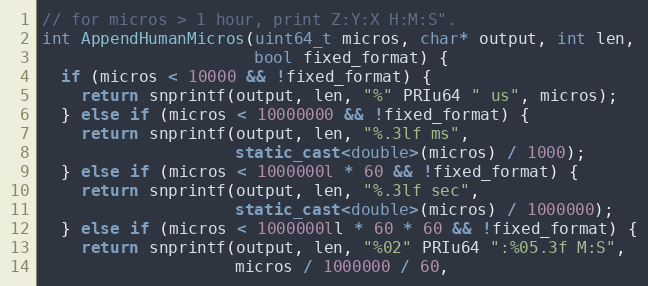
Language: C++
// for micros > 1 hour, print Z:Y:X H:M:S".
int AppendHumanMicros(uint64_t micros, char* output, int len,
                      bool fixed_format) {
  if (micros < 10000 && !fixed_format) {
    return snprintf(output, len, "%" PRIu64 " us", micros);
  } else if (micros < 10000000 && !fixed_format) {
    return snprintf(output, len, "%.3lf ms",
                    static_cast<double>(micros) / 1000);
  } else if (micros < 1000000l * 60 && !fixed_format) {
    return snprintf(output, len, "%.3lf sec",
                    static_cast<double>(micros) / 1000000);
  } else if (micros < 1000000ll * 60 * 60 && !fixed_format) {
    return snprintf(output, len, "%02" PRIu64 ":%05.3f M:S",
                    micros / 1000000 / 60,